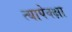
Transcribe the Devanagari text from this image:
त्यापेक्क्षा